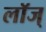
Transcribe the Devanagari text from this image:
लॉज्